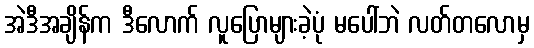
အဲဒီအချိန်က ဒီလောက် လူပြောများခဲ့ပုံ မပေါ်ဘဲ လတ်တလောမှ